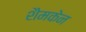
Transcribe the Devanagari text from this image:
शैमकेन